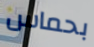
بحماس